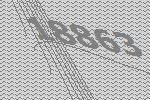
18863